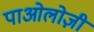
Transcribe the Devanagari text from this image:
पाओलोज़ी